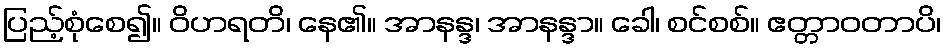
ပြည့်စုံစေ၍။ ဝိဟရတိ၊ နေ၏။ အာနန္ဒ၊ အာနန္ဒာ။ ခေါ၊ စင်စစ်။ ဧတ္တာဝတာပိ၊